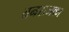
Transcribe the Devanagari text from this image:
वनराजका